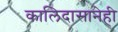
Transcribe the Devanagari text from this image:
कालिदासानेही